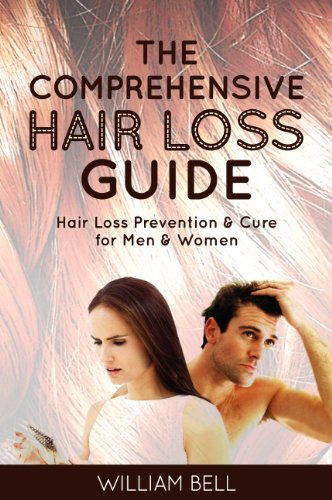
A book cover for The Comprehensive Hair Loss Guide: Hair Loss Treatment and Cure for Men and Women (Hair Loss Treatment for Women, Hair Loss Treatment for Men, Hair Loss ... Loss Remedies, Hair Loss Cure, Alopecia); William Bell; Health, Fitness & Dieting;